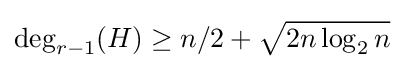
\deg _{r-1}(H)\geq n/2+{\sqrt {2n\log _{2}n}}